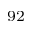
^ { 9 2 }